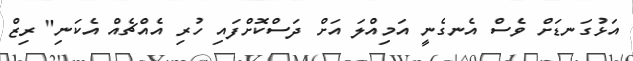
އަޅުގަނޑަށް ވެސް އެނގެނީ އަމިއްލަ އަށް ދަސްކޮށްފައި ހުރި އެއްޗެއް އެކަނި" ރިޒް